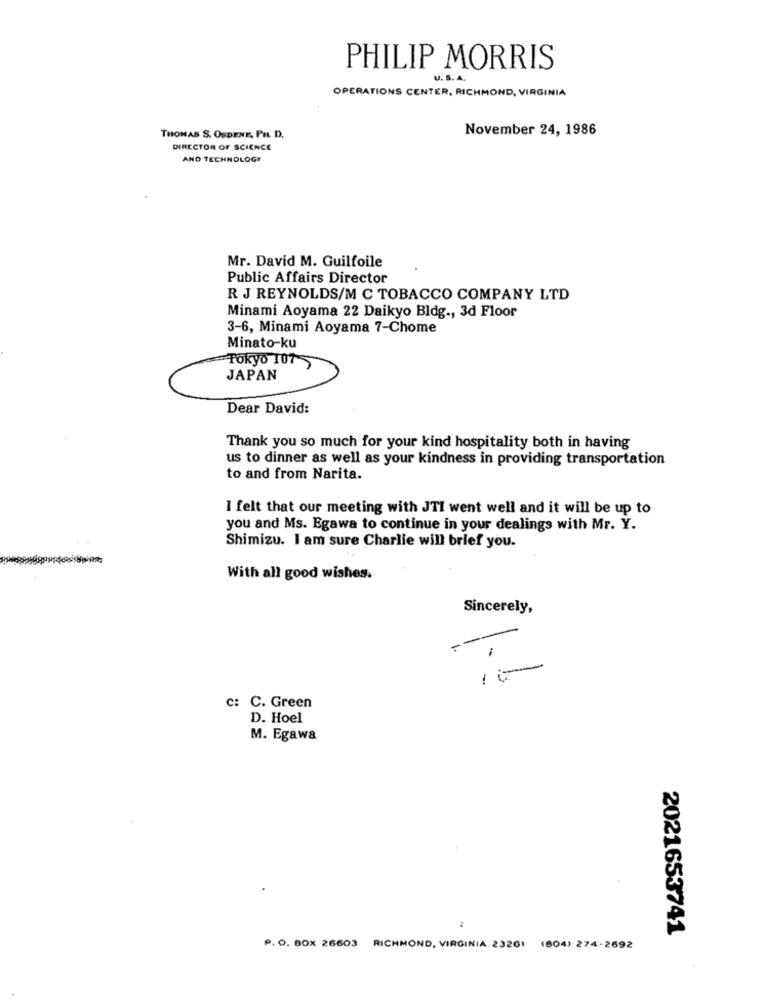
PHILIP MORRIS
U. S. A.
OPERATIONS CENTER, RICHMOND, VIRGINIA
November 24, 1986
THOMAS S. OSDENE, PH. D.
DIRECTOR OF SCIENCE
AND TECHNOLOGY
Mr. David M. Guilfoile
Public Affairs Director
R J REYNOLDS/M C TOBACCO COMPANY LTD
Minami Aoyama 22 Daikyo Bldg ., 3d Floor
3-6, Minami Aoyama 7-Chome
Minato-ku
Tokyo 107
JAPAN
Dear David:
Thank you so much for your kind hospitality both in having
us to dinner as well as your kindness in providing transportation
to and from Narita.
I felt that our meeting with JTI went well and it will be up to
you and Ms. Egawa to continue in your dealings with Mr. Y.
Shimizu. I am sure Charlie will brief you.
-
With all good wishes.
Sincerely,
-
-
c: C. Green
D. Hoel
M. Egawa
:
2021653741
P. O. BOX 26603
RICHMOND, VIRGINIA. 23201 (804): 274-2692